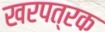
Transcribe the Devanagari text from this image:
खरपत्रक